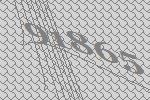
91865